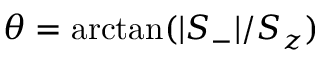
\theta = \arctan ( \lvert S _ { - } \rvert / S _ { z } )